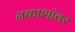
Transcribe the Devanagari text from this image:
नकाशांवर